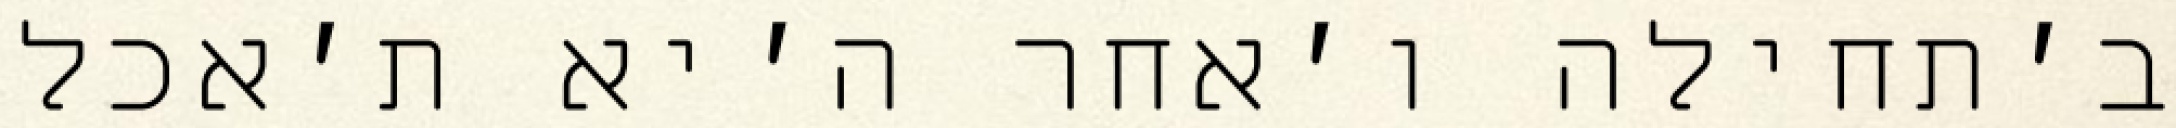
ב׳תחילה ו׳אחר ה׳יא ת׳אכל